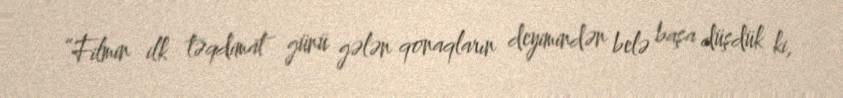
“Filmin ilk təqdimat günü gələn qonaqların deyimindən belə başa düşdük ki,